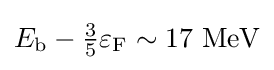
E_{\text{b}}-{\tfrac {3}{5}}\varepsilon _{\text{F}}\sim 17~\mathrm {MeV}